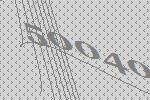
50040